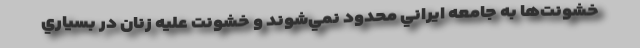
خشونت‌ها به جامعه ايراني محدود نمي‌شوند و خشونت عليه زنان در بسياري